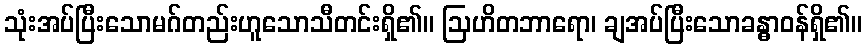
သုံးအပ်ပြီးသောမဂ်တည်းဟူသောသီတင်းရှိ၏။ ဩဟိတဘာရော၊ ချအပ်ပြီးသောခန္ဓာဝန်ရှိ၏။